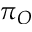
\pi _ { O }